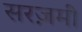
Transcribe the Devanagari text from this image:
सरज़मीं